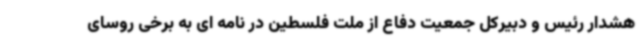
هشدار رئیس و دبیرکل جمعیت دفاع از ملت فلسطین در نامه ای به برخی روسای